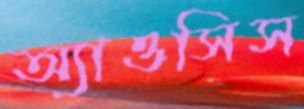
অ্যাওসিস